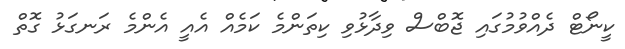
ކީނޯޓް ދެއްވުމުގައި ޖޮބްސް ވިދާޅުވި ކިތަންމެ ކަމެއް އެއީ އެންމެ ރަނގަޅު ގޮތް